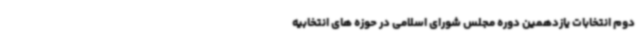
دوم انتخابات یازدهمین دوره مجلس شورای اسلامی در حوزه های انتخابیه